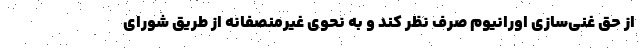
از حق غنی‌سازی اورانیوم صرف نظر کند و به نحوی غیرمنصفانه از طریق شورای